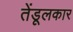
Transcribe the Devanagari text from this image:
तेंडूलकार